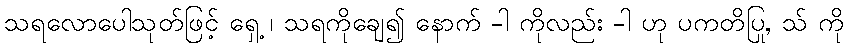
သရလောပေါသုတ်ဖြင့် ရှေ့ ၊ သရကိုချေ၍ နောက် -ါ ကိုလည်း -ါ ဟု ပကတိပြု, သ် ကို